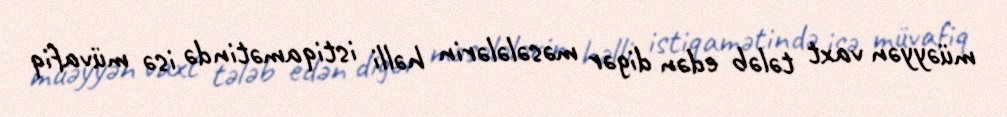
müəyyən vaxt tələb edən digər məsələlərin həlli istiqamətində isə müvafiq